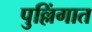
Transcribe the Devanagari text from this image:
पुल्लिंगात